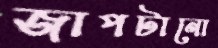
জাপটানো